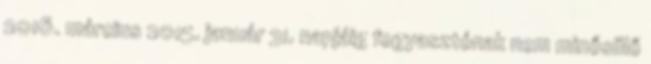
2016. március 2015. január 31. napjáig fogyasztónak nem minősülő